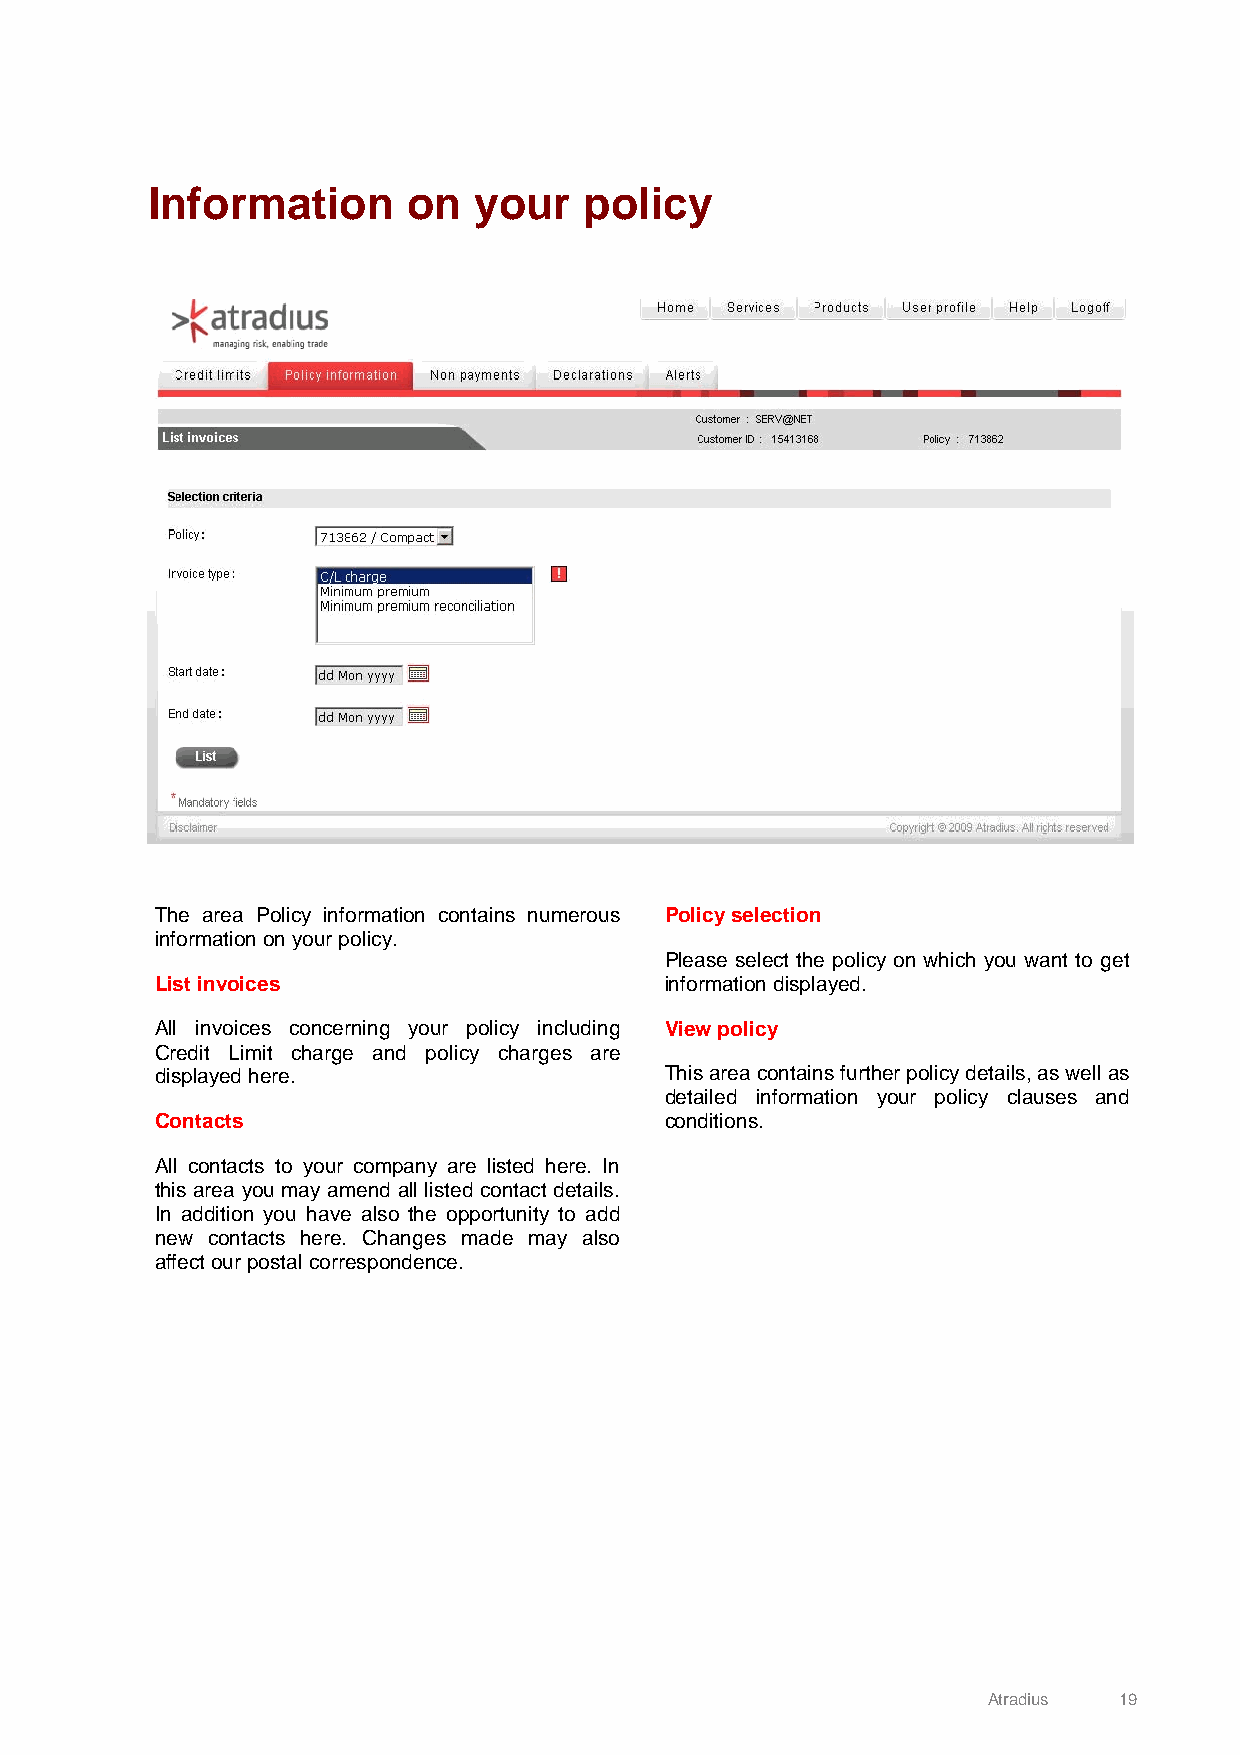
Information      on  your    policy
 The area Policy information contains numerous Policy selection
 information on your policy.
 Please select the policy on which you want to get
 List invoices                     information displayed.
 All invoices concerning your policy including View policy
 Credit Limit charge and policy charges are
 displayed here.                   This area contains further policy details, as well as
 detailed information your policy clauses and
 Contacts                          conditions.
 All contacts to your company are listed here. In
 this area you may amend all listed contact details.
 In addition you have also the opportunity to add
 new contacts here. Changes made may also
 affect our postal correspondence.
 Atradius 19